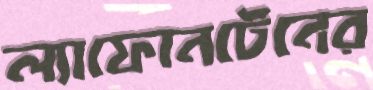
ল্যাফোনটেনের